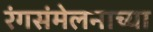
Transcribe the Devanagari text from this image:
रंगसंमेलनाच्या